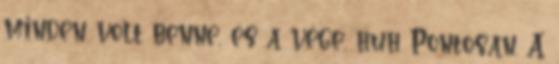
minden volt benne, és a vége, huh Pontosan. A